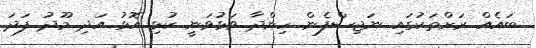
ބައެއް ރަށްތަކުގައި ނަޖިސްފެން ހިންދާ ވަޅުވަނީ ކުޅި އޮޅު އަދި މޫދު ފަދަ